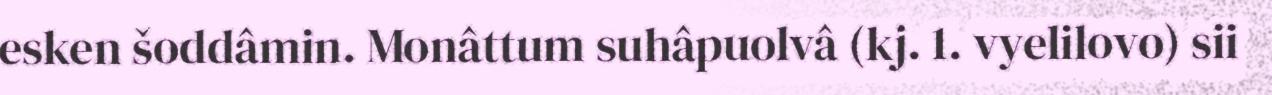
esken šoddâmin. Monâttum suhâpuolvâ (kj. 1. vyelilovo) sii